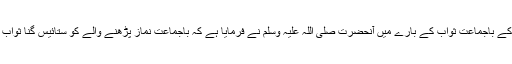
نمازوں کے باجماعت ثواب کے بارے میں آنحضرت صلی اللہ علیہ وسلم نے فرمایا ہے کہ باجماعت نماز پڑھنے والے کو ستائیس گنا ثواب ملتا ہے۔